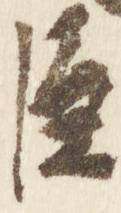
臣